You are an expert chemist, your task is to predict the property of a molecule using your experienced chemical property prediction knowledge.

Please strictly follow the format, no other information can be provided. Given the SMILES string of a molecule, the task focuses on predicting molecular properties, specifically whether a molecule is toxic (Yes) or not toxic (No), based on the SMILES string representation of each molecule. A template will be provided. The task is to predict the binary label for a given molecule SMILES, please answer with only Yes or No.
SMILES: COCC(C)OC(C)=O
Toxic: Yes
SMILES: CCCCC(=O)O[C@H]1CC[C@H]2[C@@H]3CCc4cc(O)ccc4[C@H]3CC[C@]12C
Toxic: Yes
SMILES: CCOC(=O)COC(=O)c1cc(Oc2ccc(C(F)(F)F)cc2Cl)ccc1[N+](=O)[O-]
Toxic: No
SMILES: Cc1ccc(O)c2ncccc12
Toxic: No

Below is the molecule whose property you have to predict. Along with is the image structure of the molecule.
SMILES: c1cc2c(c(NC3=NCCN3)c1)CCCC2
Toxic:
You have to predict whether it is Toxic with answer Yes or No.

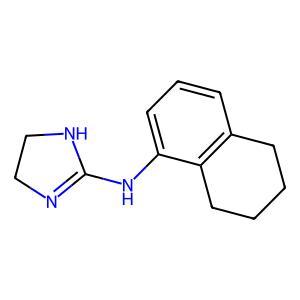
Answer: No